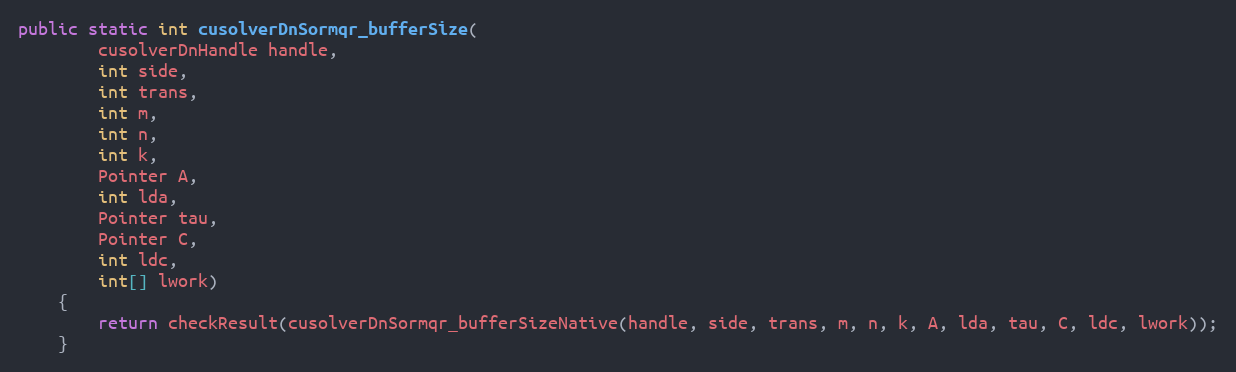
Language: Java
public static int cusolverDnSormqr_bufferSize(
        cusolverDnHandle handle,
        int side,
        int trans,
        int m,
        int n,
        int k,
        Pointer A,
        int lda,
        Pointer tau,
        Pointer C,
        int ldc,
        int[] lwork)
    {
        return checkResult(cusolverDnSormqr_bufferSizeNative(handle, side, trans, m, n, k, A, lda, tau, C, ldc, lwork));
    }